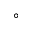
^ \circ